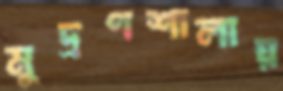
মুদ্রণশালায়